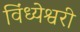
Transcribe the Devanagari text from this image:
विंध्येश्वरी